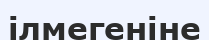
ілмегеніне